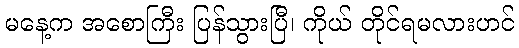
မနေ့က အစောကြီး ပြန်သွားပြီ၊ ကိုယ် တိုင်ရမလားဟင်